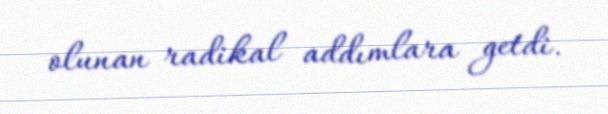
olunan radikal addımlara getdi.